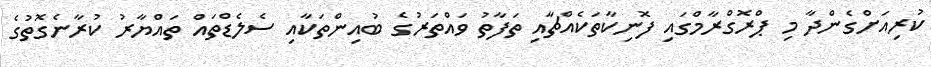
ކުރިއަށްގެންދާ މި ޕްރޮގްރާމްގައި ފޮނިކާތަކެއްޗާއި ތަފާތު ވައްތަރުގެ ބުއިންތަކާއި ސެލެޑްތައް ތައްޔާރު ކުރާނެގޮތުގެ